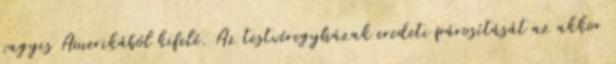
vagyis Amerikából kifelé. Az testvéregyházak eredeti párosítását az akkor